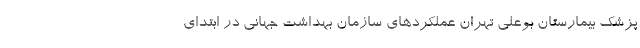
پزشک بیمارستان بوعلی تهران عملکردهای سازمان بهداشت جهانی در ابتدای